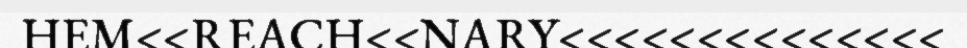
HEM<<REACH<<NARY<<<<<<<<<<<<<<